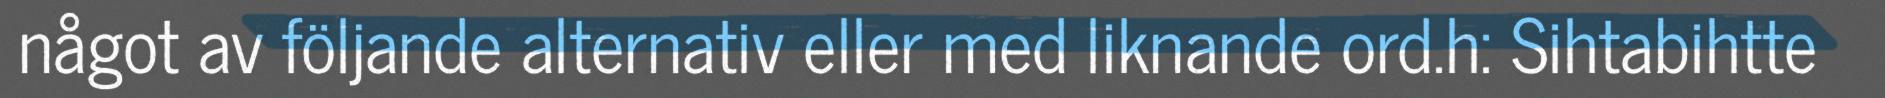
något av följande alternativ eller med liknande ord.h: Sihtabihtte